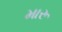
મારૂ